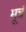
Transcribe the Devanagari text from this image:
मूत्रं